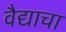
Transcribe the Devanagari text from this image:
वैद्याचा